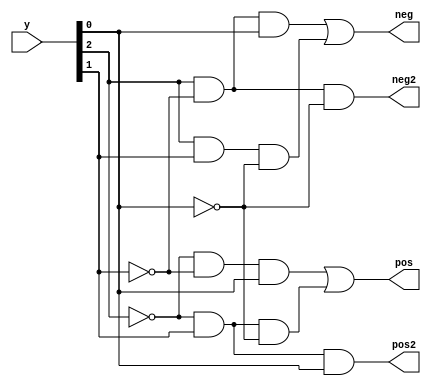
module BoothSelectSignal
(
    input [2:0] y, //Yi+1, Yi, Yi-1
    output neg, //-x
    output pos, //x
    output neg2,//-2x
    output pos2 //2x
);

//===========Booth two-digit multiplication rule===========
//
//  yi+1    yi    yi-1    op
//  0       0     0       +0
//  0       0     1       +X
//  0       1     0       +X
//  0       1     1       +2X
//  1       0     0       -2X
//  1       0     1       -X
//  1       1     0       -X
//  1       1     1       +0
//
//===========Booth two-digit multiplication rule===========

assign neg = (y[2]&~y[1]&y[0]) | (y[2]&y[1]&~y[0]);
assign pos = (~y[2]&~y[1]&y[0]) | (~y[2]&y[1]&~y[0]);
assign neg2 = y[2]&~y[1]&~y[0];
assign pos2 = ~y[2]&y[1]&y[0];

endmodule